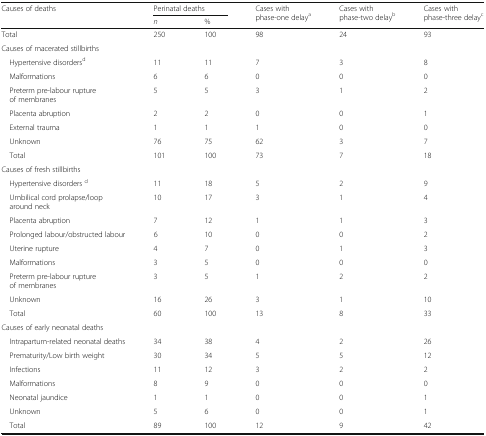
<table><thead><tr><td rowspan="2"><b>Causes of deaths</b></td><td colspan="2"><b>Perinatal deaths</b></td><td rowspan="2"><b>Cases with phase-one delay<sup>a</sup></b></td><td rowspan="2"><b>Cases with phase-two delay<sup>b</sup></b></td><td rowspan="2"><b>Cases with phase-three delay<sup>c</sup></b></td></tr><tr><td><b><i>n</i></b></td><td><b>%</b></td></tr></thead><tbody><tr><td>Total</td><td>250</td><td>100</td><td>98</td><td>24</td><td>93</td></tr><tr><td colspan="6">Causes of macerated stillbirths</td></tr><tr><td> Hypertensive disorders<sup>d</sup></td><td>11</td><td>11</td><td>7</td><td>3</td><td>8</td></tr><tr><td> Malformations</td><td>6</td><td>6</td><td>0</td><td>0</td><td>0</td></tr><tr><td> Preterm pre-labour rupture of membranes</td><td>5</td><td>5</td><td>3</td><td>1</td><td>2</td></tr><tr><td> Placenta abruption</td><td>2</td><td>2</td><td>0</td><td>0</td><td>1</td></tr><tr><td> External trauma</td><td>1</td><td>1</td><td>1</td><td>0</td><td>0</td></tr><tr><td> Unknown</td><td>76</td><td>75</td><td>62</td><td>3</td><td>7</td></tr><tr><td> Total</td><td>101</td><td>100</td><td>73</td><td>7</td><td>18</td></tr><tr><td colspan="6">Causes of fresh stillbirths</td></tr><tr><td> Hypertensive disorders <sup>d</sup></td><td>11</td><td>18</td><td>5</td><td>2</td><td>9</td></tr><tr><td> Umbilical cord prolapse/loop around neck</td><td>10</td><td>17</td><td>3</td><td>1</td><td>4</td></tr><tr><td> Placenta abruption</td><td>7</td><td>12</td><td>1</td><td>1</td><td>3</td></tr><tr><td> Prolonged labour/obstructed labour</td><td>6</td><td>10</td><td>0</td><td>0</td><td>2</td></tr><tr><td> Uterine rupture</td><td>4</td><td>7</td><td>0</td><td>1</td><td>3</td></tr><tr><td> Malformations</td><td>3</td><td>5</td><td>0</td><td>0</td><td>0</td></tr><tr><td> Preterm pre-labour rupture of membranes</td><td>3</td><td>5</td><td>1</td><td>2</td><td>2</td></tr><tr><td> Unknown</td><td>16</td><td>26</td><td>3</td><td>1</td><td>10</td></tr><tr><td> Total</td><td>60</td><td>100</td><td>13</td><td>8</td><td>33</td></tr><tr><td colspan="6">Causes of early neonatal deaths</td></tr><tr><td> Intrapartum-related neonatal deaths</td><td>34</td><td>38</td><td>4</td><td>2</td><td>26</td></tr><tr><td> Prematurity/Low birth weight</td><td>30</td><td>34</td><td>5</td><td>5</td><td>12</td></tr><tr><td> Infections</td><td>11</td><td>12</td><td>3</td><td>2</td><td>2</td></tr><tr><td> Malformations</td><td>8</td><td>9</td><td>0</td><td>0</td><td>0</td></tr><tr><td> Neonatal jaundice</td><td>1</td><td>1</td><td>0</td><td>0</td><td>1</td></tr><tr><td> Unknown</td><td>5</td><td>6</td><td>0</td><td>0</td><td>1</td></tr><tr><td> Total</td><td>89</td><td>100</td><td>12</td><td>9</td><td>42</td></tr></tbody></table>